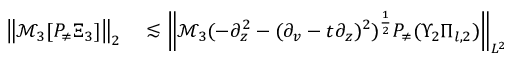
\begin{array} { r l } { \left\| \mathcal { M } _ { 3 } [ P _ { \neq } \Xi _ { 3 } ] \right\| _ { 2 } } & { { } \lesssim \left\| \mathcal { M } _ { 3 } ( - \partial _ { z } ^ { 2 } - ( \partial _ { v } - t \partial _ { z } ) ^ { 2 } ) ^ { \frac 1 2 } P _ { \neq } ( \Upsilon _ { 2 } \Pi _ { l , 2 } ) \right\| _ { L ^ { 2 } } } \end{array}